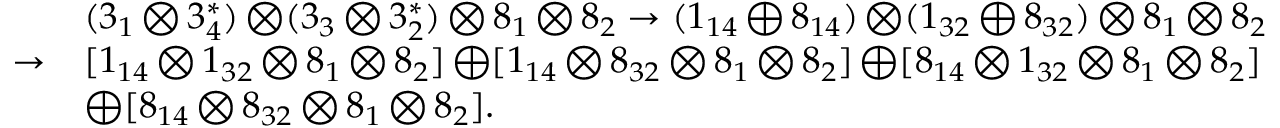
\begin{array} { l l } { { } } & { { ( 3 _ { 1 } \bigotimes 3 _ { 4 } ^ { * } ) \bigotimes ( 3 _ { 3 } \bigotimes 3 _ { 2 } ^ { * } ) \bigotimes 8 _ { 1 } \bigotimes 8 _ { 2 } \rightarrow ( 1 _ { 1 4 } \bigoplus 8 _ { 1 4 } ) \bigotimes ( 1 _ { 3 2 } \bigoplus 8 _ { 3 2 } ) \bigotimes 8 _ { 1 } \bigotimes 8 _ { 2 } } } \\ { { \rightarrow } } & { { [ 1 _ { 1 4 } \bigotimes 1 _ { 3 2 } \bigotimes 8 _ { 1 } \bigotimes 8 _ { 2 } ] \bigoplus [ 1 _ { 1 4 } \bigotimes 8 _ { 3 2 } \bigotimes 8 _ { 1 } \bigotimes 8 _ { 2 } ] \bigoplus [ 8 _ { 1 4 } \bigotimes 1 _ { 3 2 } \bigotimes 8 _ { 1 } \bigotimes 8 _ { 2 } ] } } \\ { { } } & { { \bigoplus [ 8 _ { 1 4 } \bigotimes 8 _ { 3 2 } \bigotimes 8 _ { 1 } \bigotimes 8 _ { 2 } ] . } } \end{array}